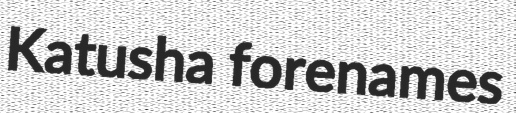
Katusha forenames